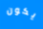
يكون